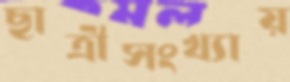
ছাত্রীসংখ্যায়